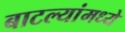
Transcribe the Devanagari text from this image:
बाटल्यांमध्ये